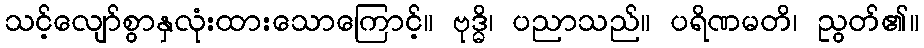
သင့်လျော်စွာနှလုံးထားသောကြောင့်။ ဗုဒ္ဓိ၊ ပညာသည်။ ပရိဏမတိ၊ ညွတ်၏။